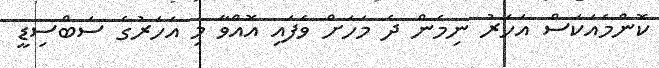
ކޮންމެއަކަސް އަހަރު ނިމެން ދެ މަހަށް ވެފައި އޮއްވާ މި އަހަރުގެ ސަބްސިޑީ